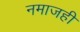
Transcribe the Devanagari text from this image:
नमाजही